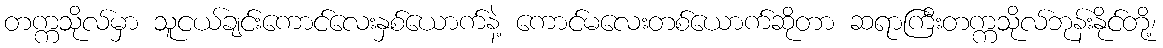
တက္ကသိုလ်မှာ သူငယ်ချင်းကောင်လေးနှစ်ယောက်နဲ့ ကောင်မလေးတစ်ယောက်ဆိုတာ ဆရာကြီးတက္ကသိုလ်ဘုန်းနိုင်တို့၊